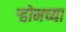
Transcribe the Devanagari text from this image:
ऱ्होनच्या